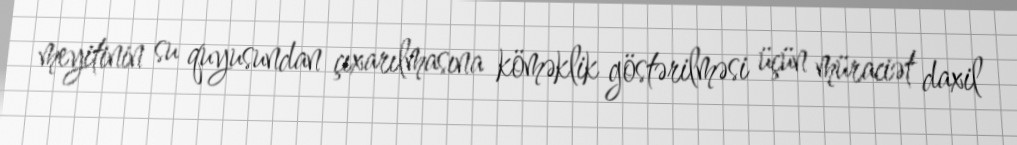
meyitinin su quyusundan çıxarılmasına köməklik göstərilməsi üçün müraciət daxil